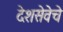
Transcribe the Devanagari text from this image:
देशसेवेचे